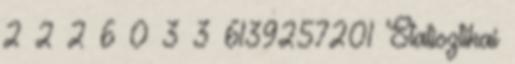
2 2 2 6 0 3 3 6139257201 Statisztikai